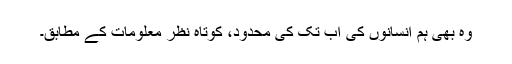
وہ بھی ہم انسانوں کی اب تک کی محدود، کوتاہ نظر معلومات کے مطابق۔